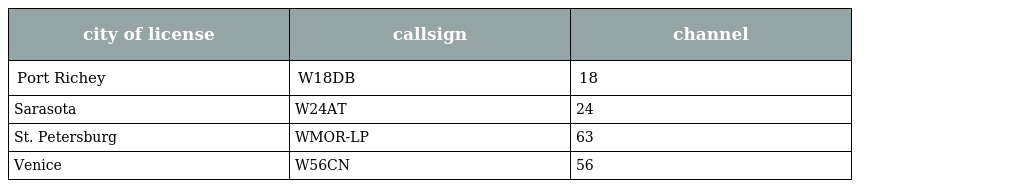
| city of license | callsign | channel |
 | --- | --- | --- |
 | Port Richey | W18DB | 18 |
 | Sarasota | W24AT | 24 |
 | St. Petersburg | WMOR-LP | 63 |
 | Venice | W56CN | 56 |